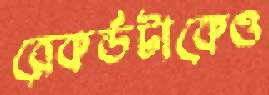
রেকর্ডটাকেও